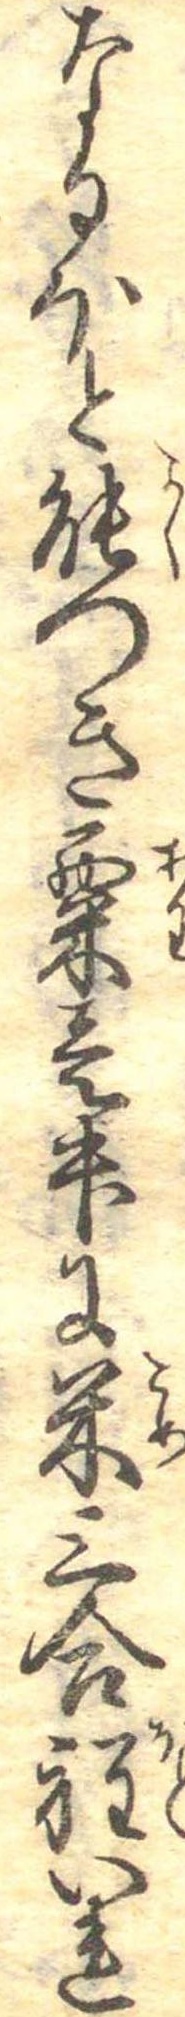
なるほと能つき粟壱升に米三合程いれ